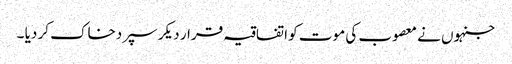
جنہوں نے معصوب کی موت کو اتفاقیہ قرار دیکر سپردخاک کر دیا ۔